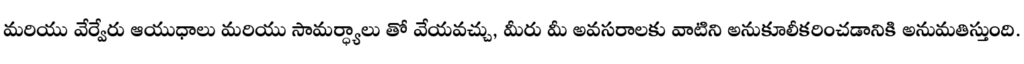
మరియు వేర్వేరు ఆయుధాలు మరియు సామర్ధ్యాలు తో వేయవచ్చు, మీరు మీ అవసరాలకు వాటిని అనుకూలీకరించడానికి అనుమతిస్తుంది.